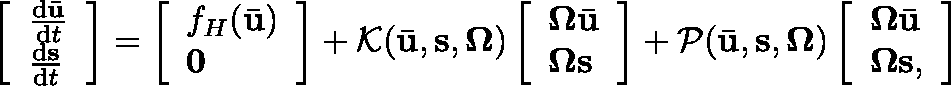
\left[ \begin{array} { l } { \frac { \mathrm { d } \bar { \mathbf { u } } } { \mathrm { d } t } } \\ { \frac { \mathrm { d } \mathbf { s } } { \mathrm { d } t } } \end{array} \right] = \left[ \begin{array} { l } { f _ { H } ( \bar { \mathbf { u } } ) } \\ { \mathbf { 0 } } \end{array} \right] + \mathcal { K } ( \bar { \mathbf { u } } , \mathbf { s } , \mathbf { \Omega } ) \left[ \begin{array} { l } { \boldsymbol { \Omega } \bar { \mathbf { u } } } \\ { \boldsymbol { \Omega } \mathbf { s } } \end{array} \right] + \mathcal { P } ( \bar { \mathbf { u } } , \mathbf { s } , \mathbf { \Omega } ) \left[ \begin{array} { l } { \boldsymbol { \Omega } \bar { \mathbf { u } } } \\ { \boldsymbol { \Omega } \mathbf { s } , } \end{array} \right]